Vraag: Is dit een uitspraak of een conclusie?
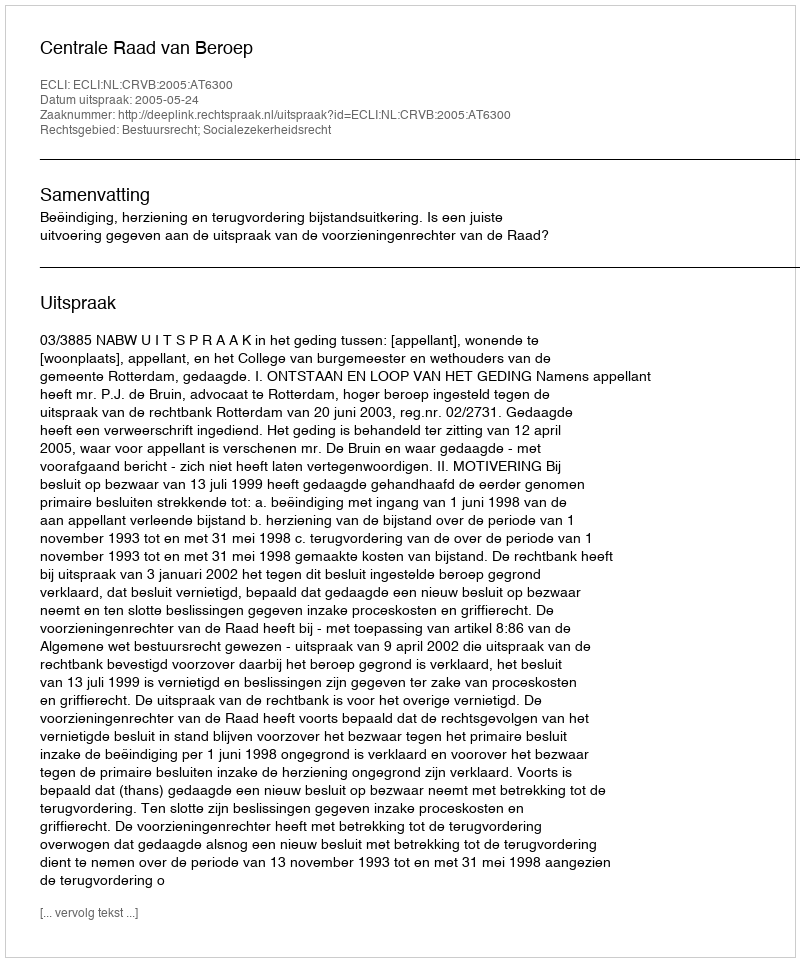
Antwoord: Uitspraak